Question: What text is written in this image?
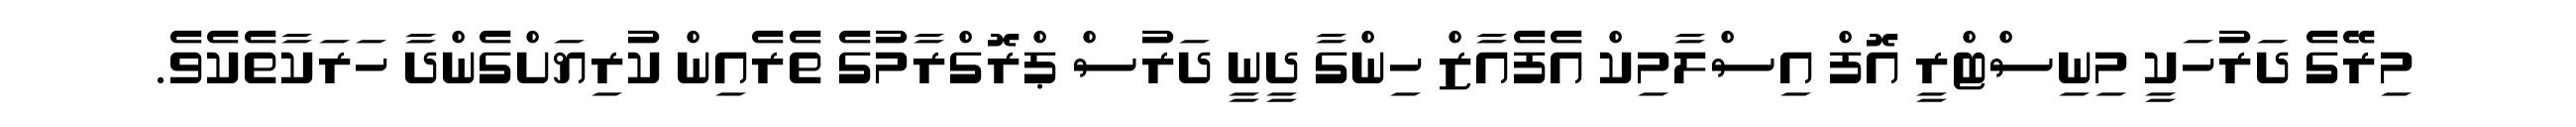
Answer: މިރޭގެ ދަރުހަކީ މިނިސްޓްރީ އޮފް އިސްލާމިކް އެފެއާޒް ހިންގާ ދީނީ ދަރުސް ޕްރޮގްރާމުގެ ތެރެއިން ކުރިޔަށްގެންދާ ހަރަކާތެކެވެ.